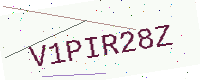
Text: V1PIR28Z